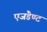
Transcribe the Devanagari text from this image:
एजंडेण्ट